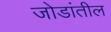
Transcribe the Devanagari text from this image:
जोडांतील